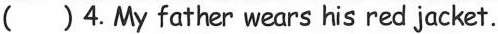
( ) 4. My father wears his red jacket.